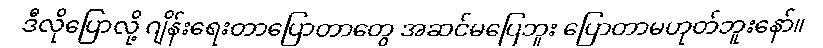
ဒီလိုပြောလို့ ဂျိန်းရေးတာပြောတာတွေ အဆင်မပြေဘူး ပြောတာမဟုတ်ဘူးနော်။